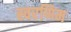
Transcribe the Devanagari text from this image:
स्वरणिम